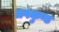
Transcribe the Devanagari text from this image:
तपकुण्ड